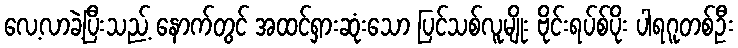
လေ့လာခဲ့ပြီးသည့် နောက်တွင် အထင်ရှားဆုံးသော ပြင်သစ်လူမျိုး ဗိုင်းရပ်စ်ပိုး ပါရဂူတစ်ဦး